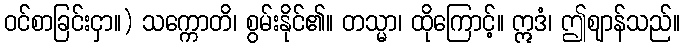
ဝင်စာခြင်းငှာ။) သက္ကောတိ၊ စွမ်းနိုင်၏။ တသ္မာ၊ ထိုကြောင့်။ ဣဒံ၊ ဤဈာန်သည်။